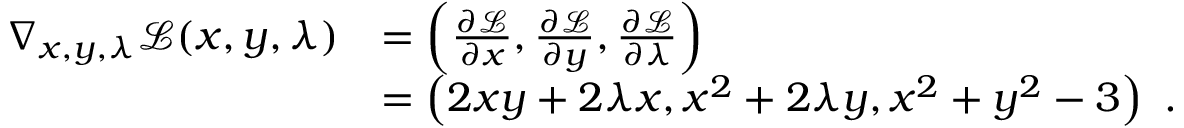
{ \begin{array} { r l } { \nabla _ { x , y , \lambda } { \mathcal { L } } ( x , y , \lambda ) } & { = \left( { \frac { \partial { \mathcal { L } } } { \partial x } } , { \frac { \partial { \mathcal { L } } } { \partial y } } , { \frac { \partial { \mathcal { L } } } { \partial \lambda } } \right) } \\ & { = \left( 2 x y + 2 \lambda x , x ^ { 2 } + 2 \lambda y , x ^ { 2 } + y ^ { 2 } - 3 \right) ~ . } \end{array} }